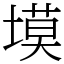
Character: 塻